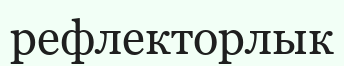
рефлекторлык